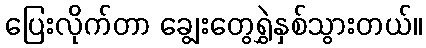
ပြေးလိုက်တာ ချွေးတွေရွှဲနှစ်သွားတယ်။